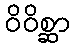
ဝိဝိစ္ဆာ